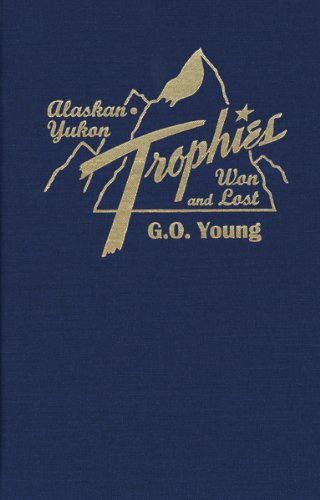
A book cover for Alaskan Yukon Trophies Won and Lost; G.O Young; History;